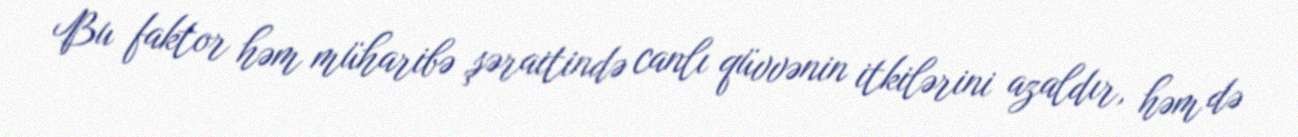
Bu faktor həm müharibə şəraitində canlı qüvvənin itkilərini azaldır, həm də